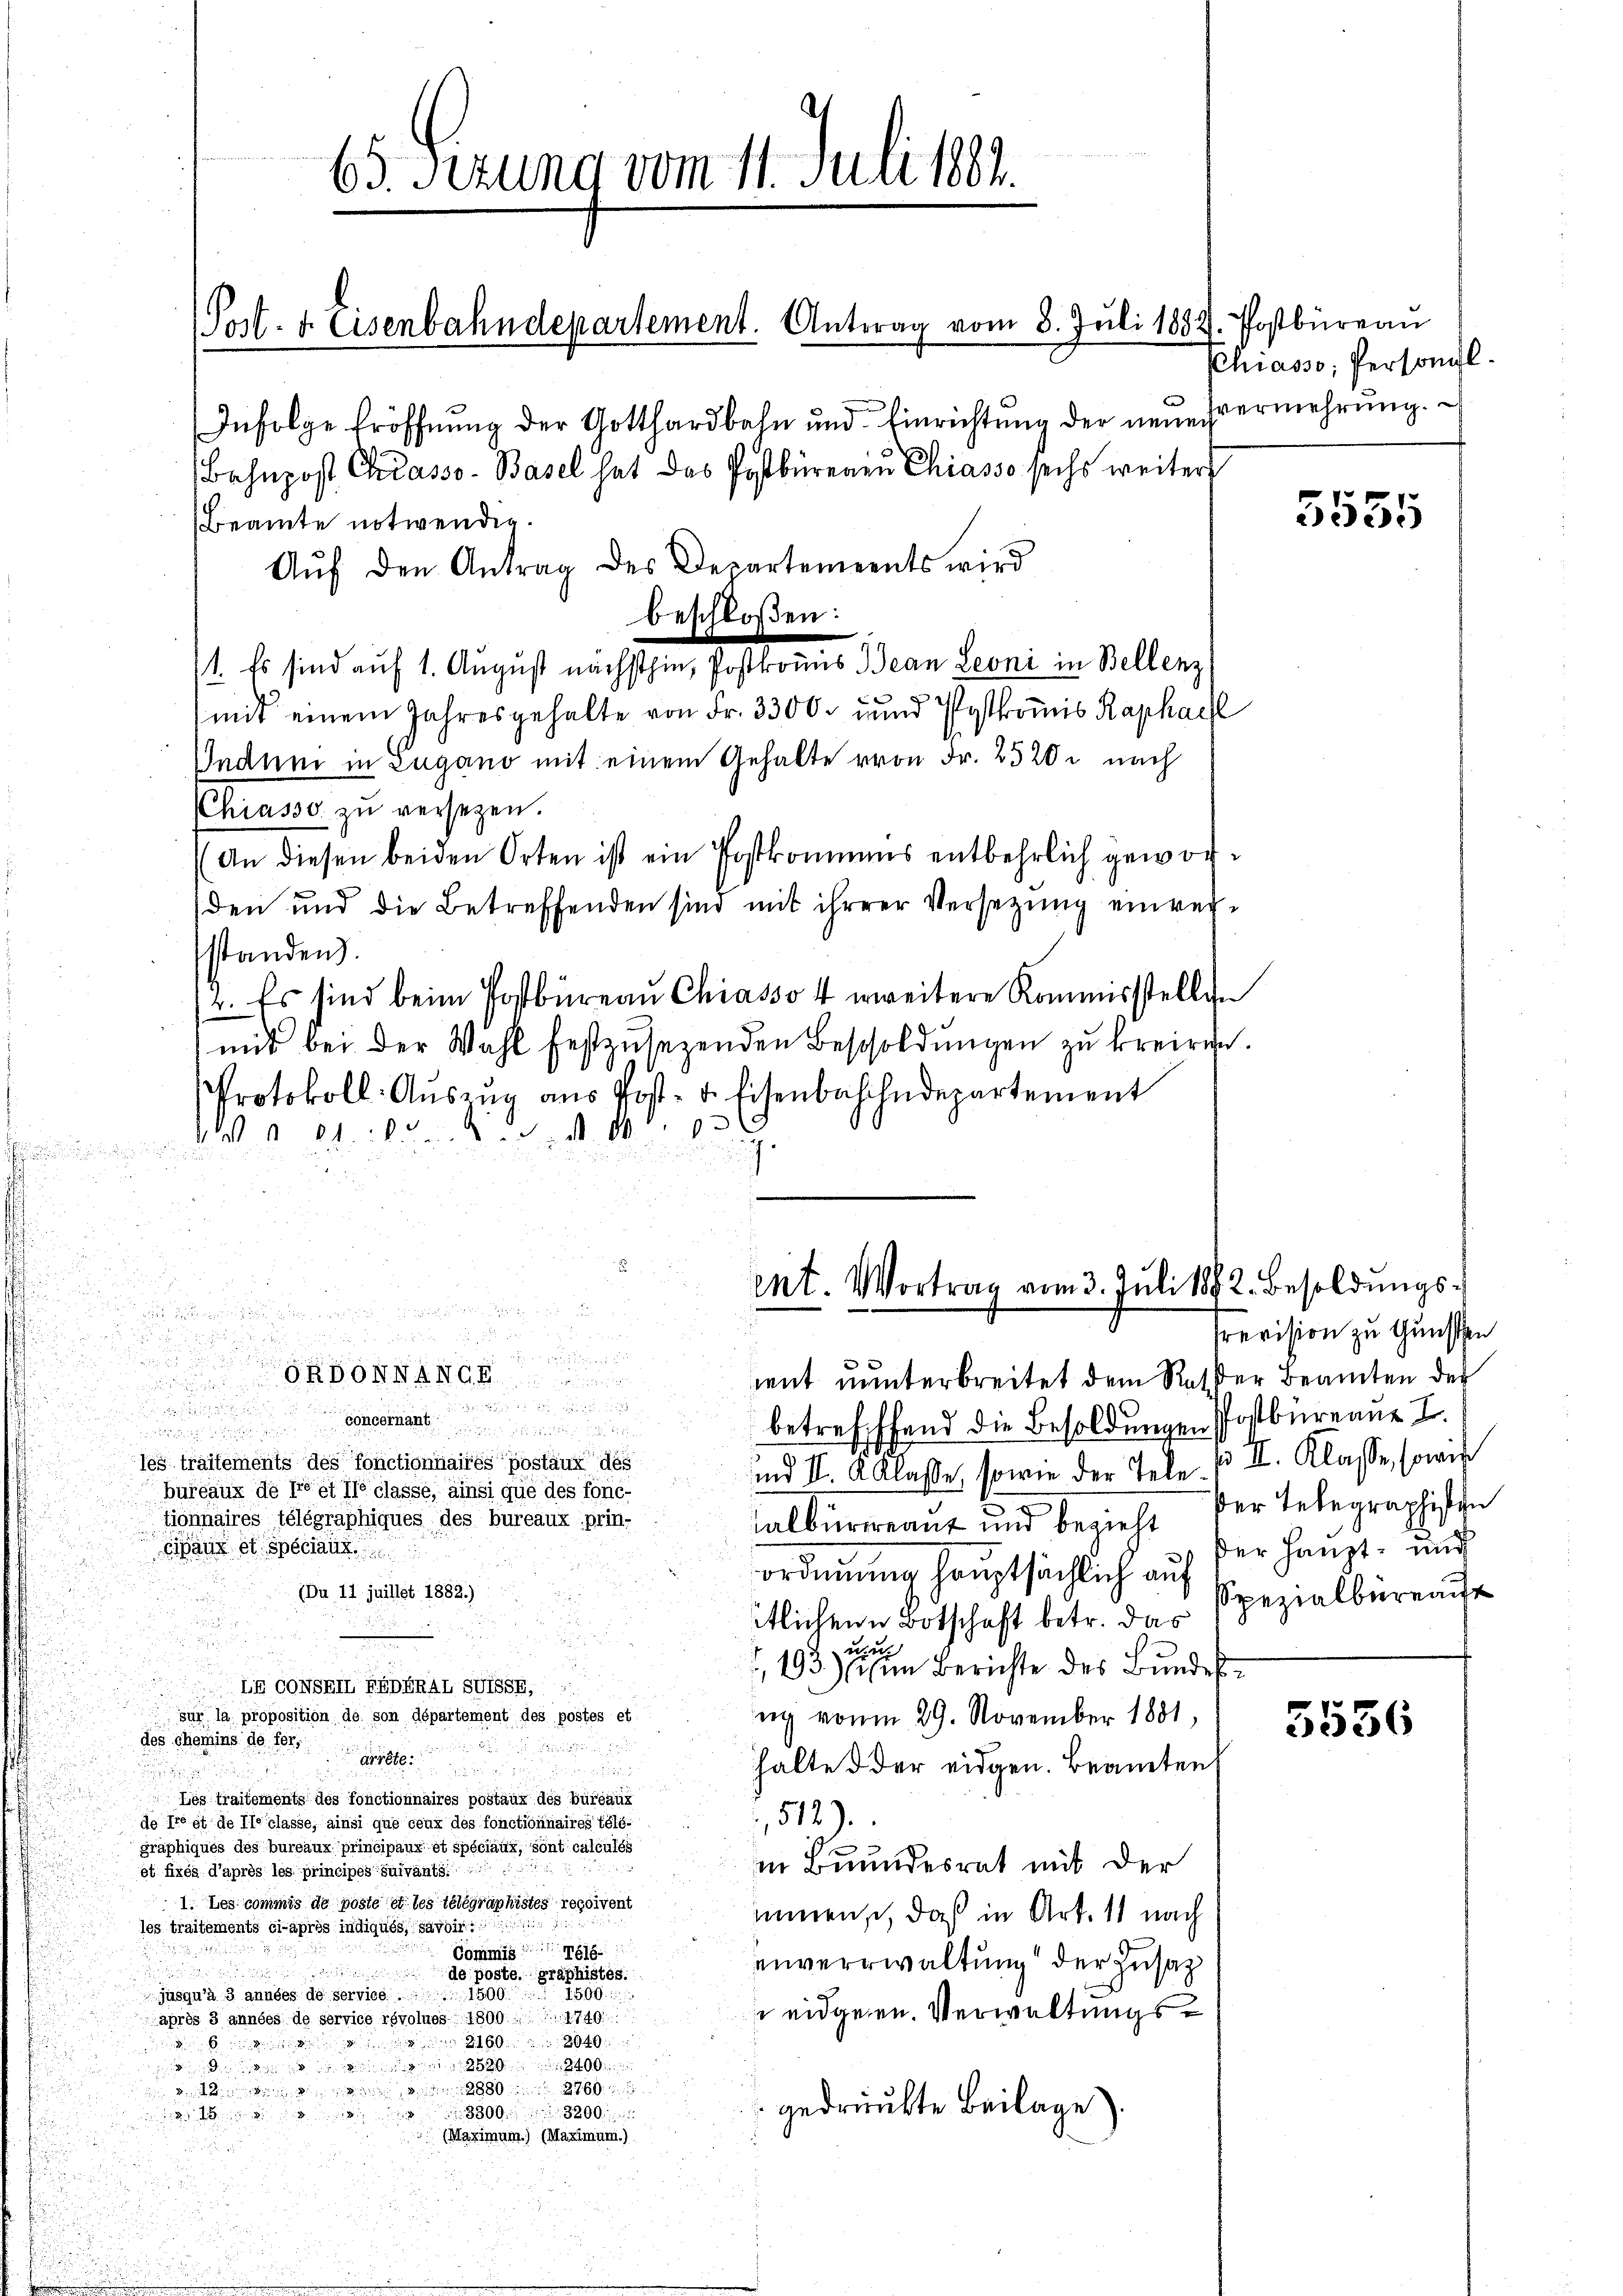
d

65. Fezung vom 11. Juli 1882.

1. Es sind auf 1. August nächsthin, Postkomis Jean Leoni in Bellenz
mit einem Jahresgehalte von Fr. 3300 und Postkomis Raphach
Indum in Zugano mit einem Gehalte von Fr. 2520 nach
CChiasso zu versetzen.
An diesen beiden Orten ist ein Postkommens entbehrlich geworden und die Betreffenden sind mit ihrerer Versetzŭng einrechstanden.
2. Es sind beim Postbüreau Chiasso 4 weitere Kommisstellen
mit bei der Wahl festzusetzenden Bescholdungen zu kreiren.
Protokoll- Auszug aus Post- u. Eisenbahndepartement
 1801. 1803
d

Infolge Eröffnung der Gotthardbahn und Einrichtung der neŭervermehrŭng.
Behnpost Chrasso- Basel hat das Postbüreau Chiasso sechs weiter
Beamte notwendig.
Aŭf den Antrag des Departements wird

u
u
5

OnBonwan

oncernant
les traitements des fonctionnairés postaux des
bureaux de prest le classe, ainsi que des fonc-
tionnaires télégraphiques des bureaux prin-
Eipanz et spéciaux.
Du 11 juillet 1882.)
LE CONSEII FEDERAL SUSSE,

 sur la proposition de son département des postes et
des chemins de fer¬

Arten

Les traitements des fonctionnaires pöstaux des büreaux
de Tregt de lie classe, ainsi que ceux des fonctionnaires télé-
gräphiques des bureaux principaux et spéciaux, sont calculés
st fixés d’après les principés suivants.
1. Les commis de poste et les telegraphistes recoivent
les traitements ci-après indiqués, savoir.
Cömmig g
deposten graphistes.

jusqu’à 3 années de service. 1869
après 3 années de service révolues 1800. 1740
21608040

28802760

3300. 3200

(Maximum.) (Maximum.)

beschloßen:

Post- & Eisenbahndepartement. Antrag vom 8. Jŭli 1832. Postbüreau

ent. Vortrag vom 3. Juli 1882. Besoldungs¬

mit unterbreitet dem Reser Beamten der
betreffend die Besoldungen Postbüreau I
s
und II. 2 Klasse, sowie der Tele. p. II. Klasse, sowie
albürgeant und bezieht der Telegraphischen
ordnung hauptsächlich auf der Haupt- und
tlichen Botschaft betr. das
r
,193) um Berichte des Bundes
ng vonm 29. November 1881,
halte der eidgen. Beamten
512).
in Bundesrat mit der
inmens, daß in Art. 11 nach
unverwaltung der Zusatz
 eidgen. Verwaltungsgedruckte Beilage).

Chiasso, Personal.

5555

revision zu Gunsten
Spezialbüreaut

5536